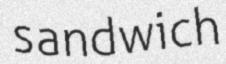
sandwich